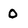
Character: 0